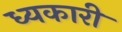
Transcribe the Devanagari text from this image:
ध्यकारी